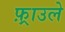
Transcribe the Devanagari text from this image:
फ़्राउले